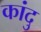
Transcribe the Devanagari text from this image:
कांदु